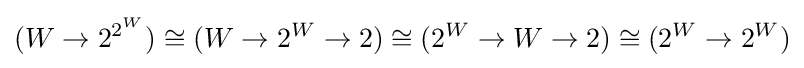
(W\to 2^{2^{W}})\cong (W\to 2^{W}\to 2)\cong (2^{W}\to W\to 2)\cong (2^{W}\to 2^{W})